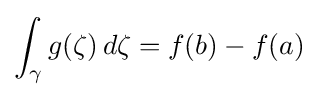
\int _{\gamma }g(\zeta )\,d\zeta =f(b)-f(a)